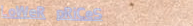
LoWeR pRiCeS